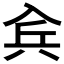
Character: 𠓫